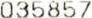
035857